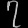
Digit: ၇